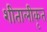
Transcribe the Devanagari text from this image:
शीतालीकृत